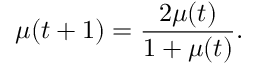
\mu ( t + 1 ) = \frac { 2 \mu ( t ) } { 1 + \mu ( t ) } .